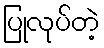
ပြုလုပ်တဲ့